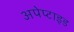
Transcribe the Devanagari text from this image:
अपेप्टाइड